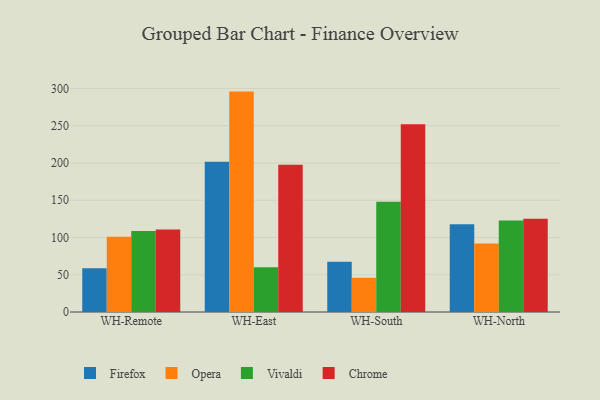
{"axis": {"x": "Warehouse", "y": "Headcount"}, "legend": ["Chrome", "Firefox", "Opera", "Vivaldi"], "data": [{"x": "WH-Remote", "y": 58.6, "type": "Firefox"}, {"x": "WH-Remote", "y": 101.1, "type": "Opera"}, {"x": "WH-Remote", "y": 108.7, "type": "Vivaldi"}, {"x": "WH-Remote", "y": 110.8, "type": "Chrome"}, {"x": "WH-East", "y": 201.6, "type": "Firefox"}, {"x": "WH-East", "y": 295.8, "type": "Opera"}, {"x": "WH-East", "y": 60.1, "type": "Vivaldi"}, {"x": "WH-East", "y": 197.6, "type": "Chrome"}, {"x": "WH-South", "y": 67.3, "type": "Firefox"}, {"x": "WH-South", "y": 46.0, "type": "Opera"}, {"x": "WH-South", "y": 148.1, "type": "Vivaldi"}, {"x": "WH-South", "y": 252.1, "type": "Chrome"}, {"x": "WH-North", "y": 117.7, "type": "Firefox"}, {"x": "WH-North", "y": 92.0, "type": "Opera"}, {"x": "WH-North", "y": 122.9, "type": "Vivaldi"}, {"x": "WH-North", "y": 125.2, "type": "Chrome"}]}